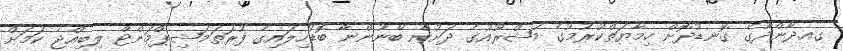
ގއ.ދާންދޫގެ ގޮނޑުދޮށް ހިމާޔަތްކުރުމުގެ މަޝްރޫއުގެ ދަށުން ބޭނުންނާ ބޮޑުހިލައިގެ ފުރަތަމަޝިޕްމަންޓް ލިބިއްޖެ ކަމަށް